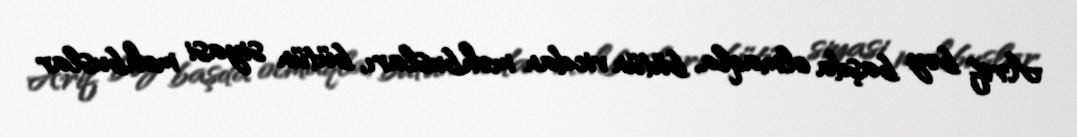
Arif bəy başda olmaqla, bütün vicdan məhbusları, bütün siyasi məhbuslar